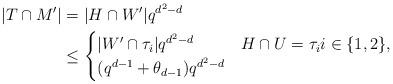
LaTeX: \begin{align*}|T\cap M'|&=|H\cap W'|q^{d^2-d}\\&\le\begin{cases}|W'\cap\tau_i|q^{d^2-d} &H\cap U=\tau_ii\in\{1,2\},\\(q^{d-1}+\theta_{d-1})q^{d^2-d} &\end{cases}\end{align*}